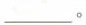
___。